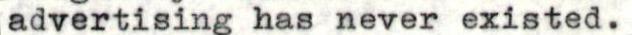
advertising has never existed.